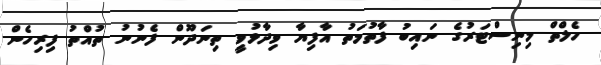
ހެލްތް މިނިސްޓަރުގެ ނައިބު ފާތުމަތު އާފިޔާ ވިދާޅުވީ ތިނަދޫން ފެނުނު ތުއްތު ފިރިހެން